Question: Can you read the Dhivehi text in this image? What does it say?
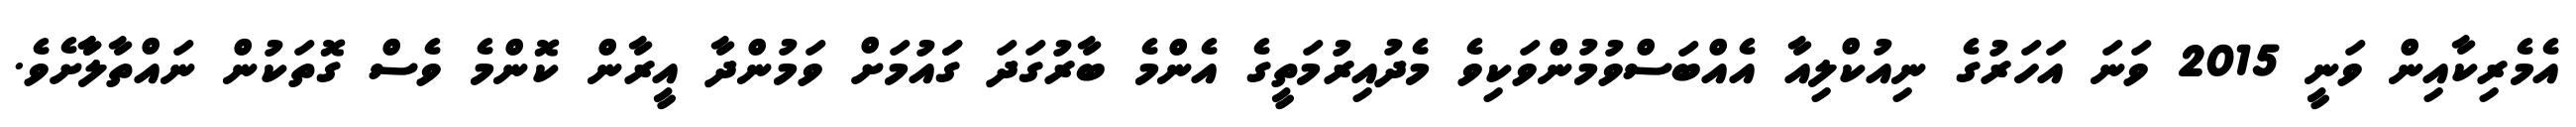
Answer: އެމެރިކާއިން ވަނީ 2015 ވަނަ އަހަރުގެ ނިއުކްލިއާ އެއްބަސްވުމުންވަކިވެ މެދުއިރުމަތީގެ އެންމެ ބާރުގަދަ ގަައުމަށް ވަމުންދާ އީރާން ކޮންމެ ވެސް ގޮތަކުން ނައްތާލާާށެވެ.